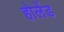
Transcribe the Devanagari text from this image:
होलेंड